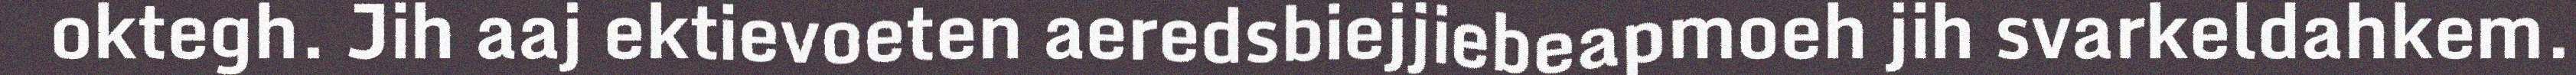
oktegh. Jih aaj ektievoeten aeredsbiejjiebeapmoeh jih svarkeldahkem.